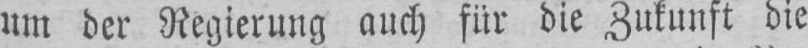
um der Regierung auch für die Zukunft die